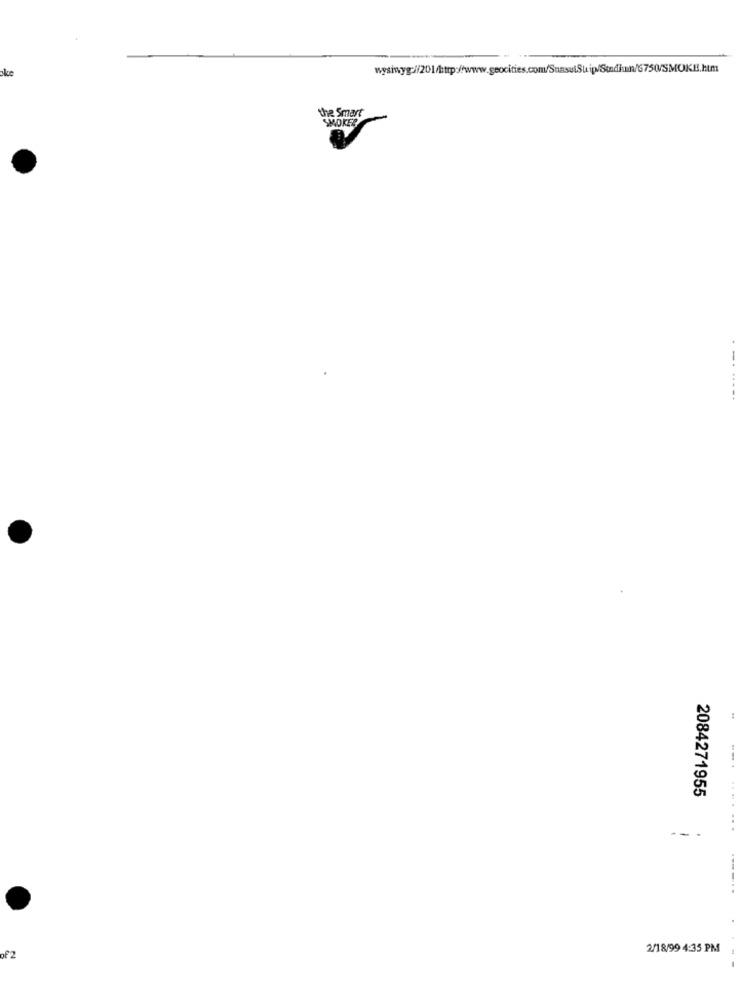
the Smart
SMOKED
--.
......
2084271955
... ...
--
----..
2/18/99 4:35 PM
of 2